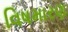
વિષમારણ